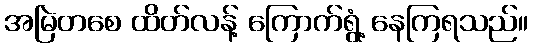
အမြဲတစေ ထိတ်လန့် ကြောက်ရွံ့ နေကြရသည်။